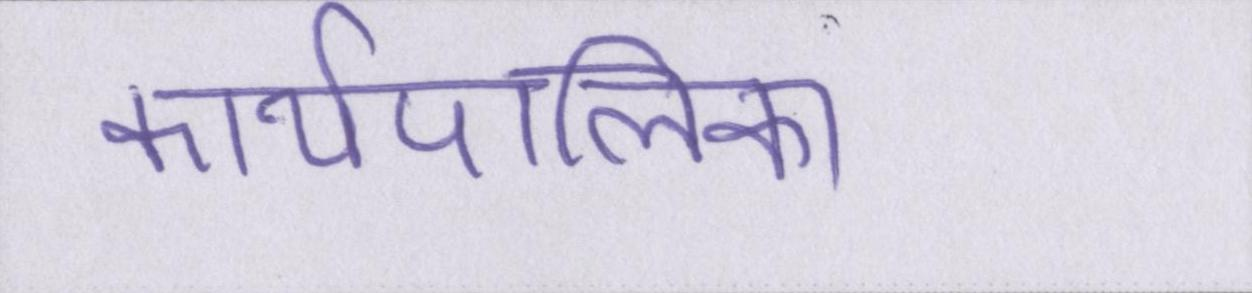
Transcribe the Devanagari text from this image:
कार्यपालिका